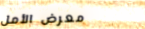
معرض الأمل